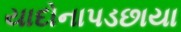
યાદોનાપડછાયા